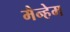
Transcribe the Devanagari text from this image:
मैन्हेम